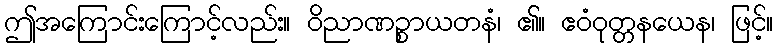
ဤအကြောင်းကြောင့်လည်း။ ဝိညာဏဉ္စာယတနံ၊ ၏။ ဧဝံဝုတ္တနယေန၊ ဖြင့်။